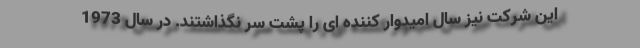
این شرکت نیز سال امیدوار کننده ای را پشت سر نگذاشتند. در سال 1973